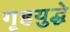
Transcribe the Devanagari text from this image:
गृहयुद्धे